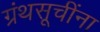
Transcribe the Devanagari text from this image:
ग्रंथसूचींना